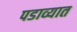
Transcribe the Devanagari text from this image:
पडाव्यात